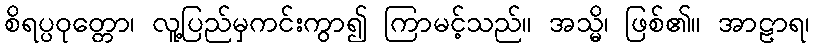
စိရပ္ပဝုတ္တော၊ လူ့ပြည်မှကင်းကွာ၍ ကြာမင့်သည်။ အသ္မိ၊ ဖြစ်၏။ အာဠာရ၊